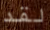
لقد